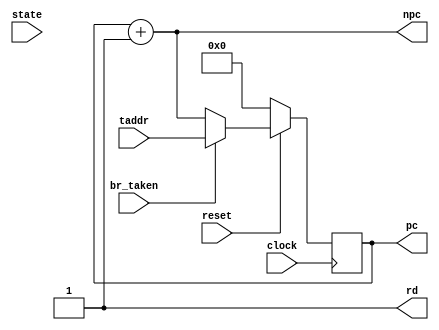
module Fetch(clock,reset, state, pc, npc, rd, taddr, br_taken);
input clock; // system clock
input reset; // system reset
input br_taken; // signal from decoder, 1 means branch taken
input [15:0] taddr; // target address of control instructions
input [3:0] state; // system state from controller
output [15:0] pc, npc; // current PC and next PC, i.e., pc+1
output rd; // memory read control signal

wire [15:0] npc_wire;

wire [15:0] taddr_mult_out;
wire [15:0] old_pc;
wire [15:0] new_pc;
reg  [15:0] new_pc_reg; //not in schematic
wire buffer_control;

assign taddr_mult_out= br_taken? taddr : npc_wire;

assign old_pc = !reset ? 16'h0 : taddr_mult_out;//Remeber return to 16'h3000

always @(posedge clock)
begin
	new_pc_reg <= old_pc;
end
	assign new_pc=new_pc_reg;
	assign npc_wire=new_pc+1;
	assign npc=npc_wire;

	
	assign buffer_control= 1'b1;


	assign pc=new_pc;
	assign rd=1'b1;


endmodule